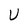
Character: U